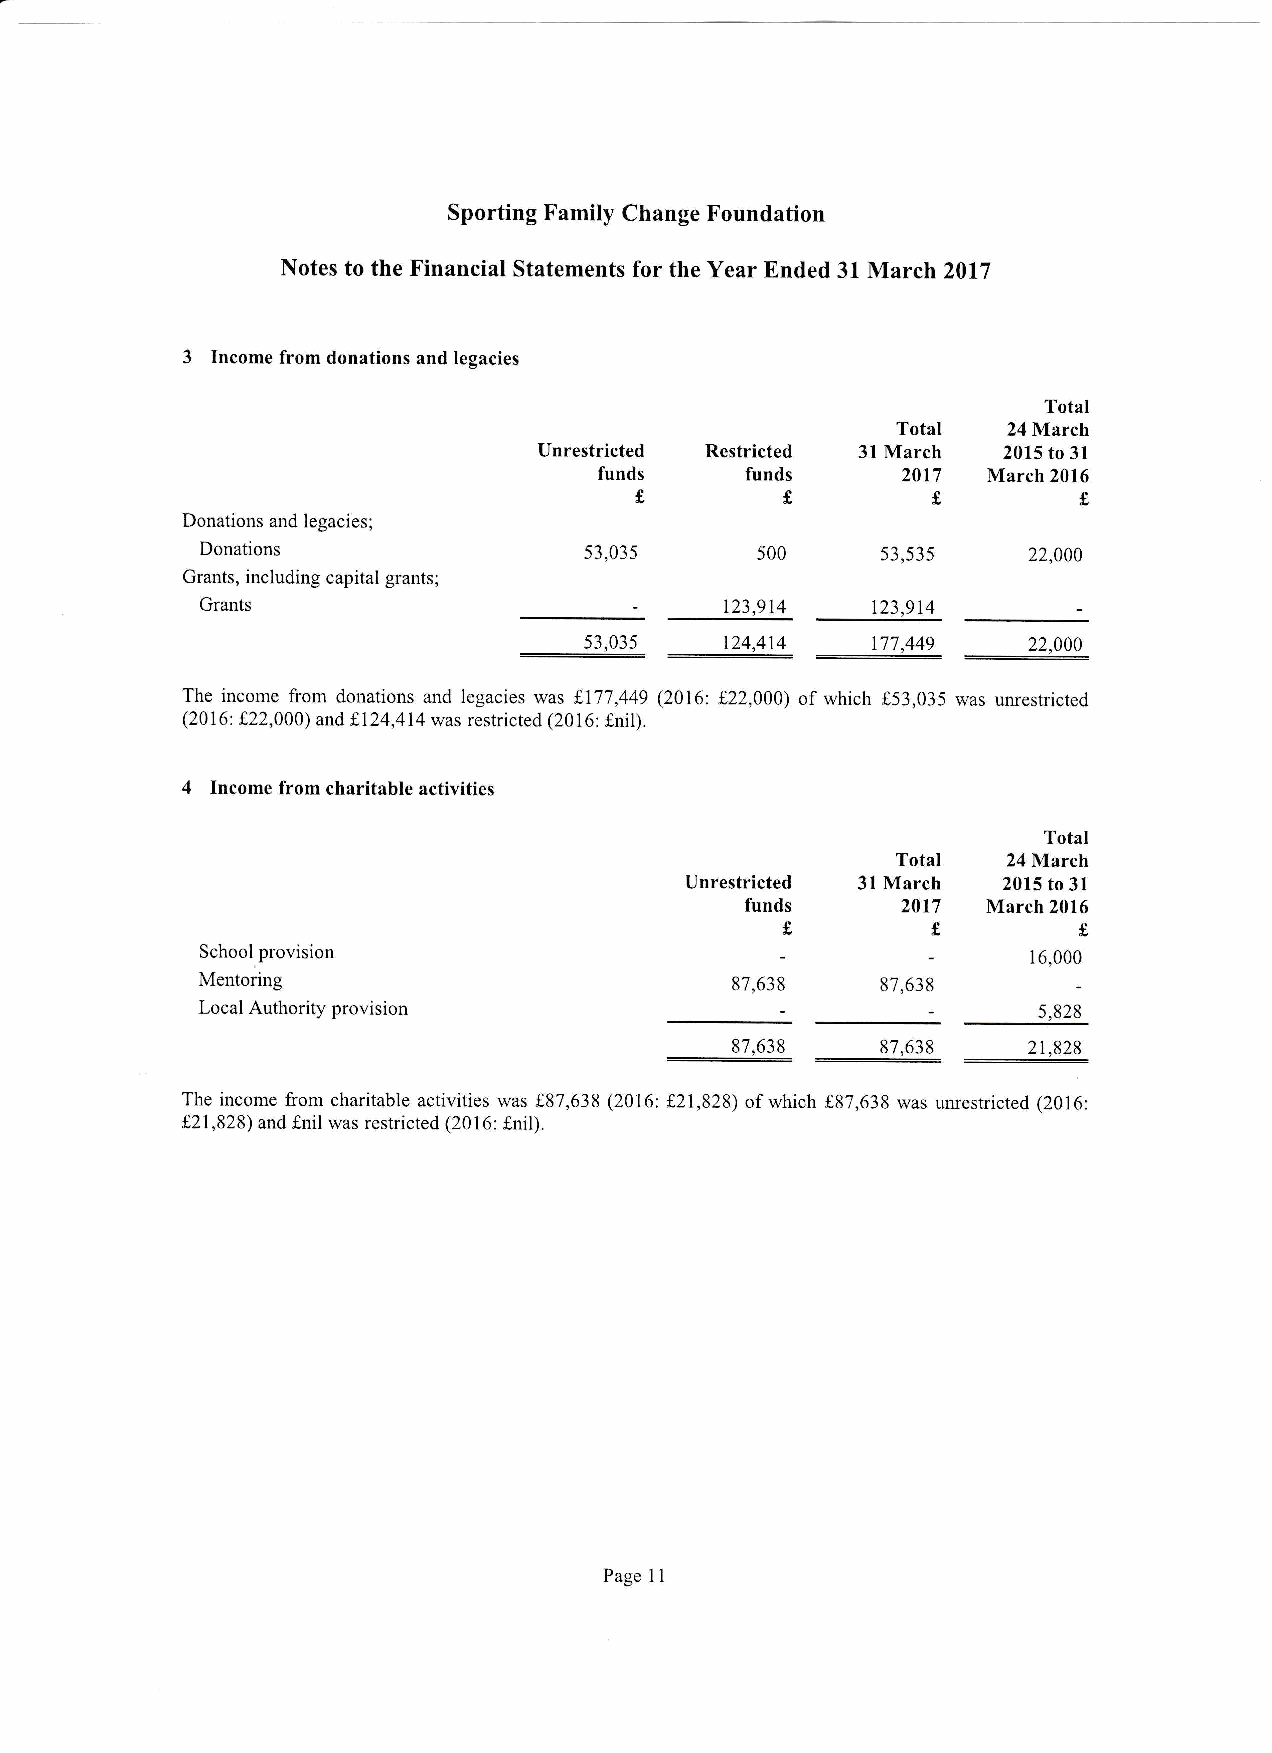
Sporting Family Change Foundation
 Notes to the Financial Statements for the Year Ended 31 March 2017
 3
 Income from donations and legacies
 Total
 Total   24 March
 Unrestricted Restricted 31 March 2015 to 31
 funds    funds      2At7 March 2016
 s         s         c         f,
 Donations and legacies;
 Donations                 53,035     500     53,535    22,000
 Grants, including capital grants;
 Grants                             123,914   123,9t4
 53,035 __J41r4 _____177r',49- ___22,009_
 The income from donations and legacies was f.177,449 (2016: L22,00A\ of which ,53,035 was unrestricted
 (2016: f22,000) and f,124,414 was restricted (2016: fnil).
 4
 Income from charitable activities
 Total
 Total
 24 March
 Unrestricted 3l March 2015 to 3l
 2017
 funds           March 2016
 Jf
 :
 Sohool,provision                                 -
 16,000
 Mentoring                          87,638
 97,639
 Local Authority provision                               5,828
 _8ry1t
 _____y,63r ___21,828_
 The income from charitable activities was f,87,638 (2A16: L21,828) of which f,87,638 was unrestricted (2016:
 t21,828) and fnil was restricted (2016: fnil).
 Page I 1